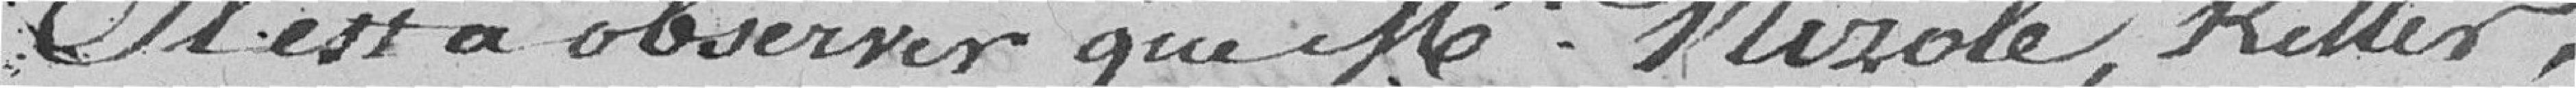
Il est à observer que Mrs Nizole, Keller,